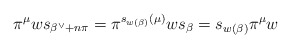
\begin{align*} \pi^\mu w s_{\beta^\vee + n \pi} = \pi^{s_{w(\beta)}(\mu)}w s_{\beta} = s_{w(\beta)}\pi^\mu w\end{align*}